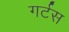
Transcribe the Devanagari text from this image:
गर्टस